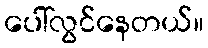
ပေါ်လွင်နေတယ်။